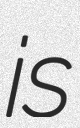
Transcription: is